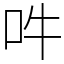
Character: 吽